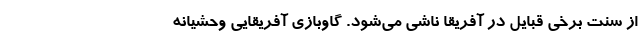
از سنت برخی قبایل در آفریقا ناشی می‌شود. گاوبازی آفریقایی وحشیانه